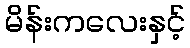
မိန်းကလေးနှင့်